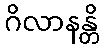
ဂိလာနန္တိ